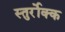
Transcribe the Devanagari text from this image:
स्तुर्रोक्क